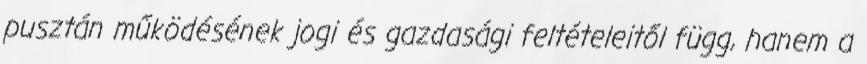
pusztán működésének jogi és gazdasági feltételeitől függ, hanem a